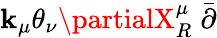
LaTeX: \mathbf{k}_{\mu}\theta_{\nu}\partialX_{R}^{\mu}\stackrel{\_ }{\partial}